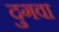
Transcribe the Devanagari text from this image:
दुगवा